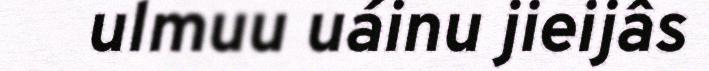
ulmuu uáinu jieijâs